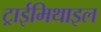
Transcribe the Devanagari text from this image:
ट्राईमिथाइल